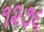
૧૨૭૬